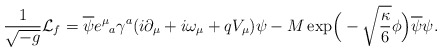
\begin{align*}\frac{1}{\sqrt{-g}}{\cal L}_f=\overline{\psi} e^\mu{}_a\gamma^a(i\partial_\mu +i\omega_{\mu}+qV_\mu)\psi-M\exp\!\Big(-\sqrt{\frac{\kappa}{6}}\phi\Big)\overline{\psi}\psi.\end{align*}